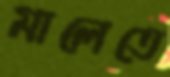
মালেতে